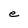
Character: e